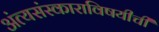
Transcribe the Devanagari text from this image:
अंत्यसंस्काराविषयीची